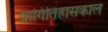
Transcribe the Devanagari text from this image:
प्रागितिहासकाल